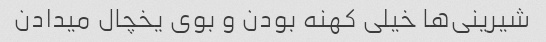
شیرینی‌ها خیلی کهنه بودن و بوی یخچال میدادن